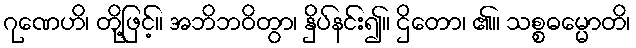
ဂုဏေဟိ၊ တို့ဖြင့်။ အဘိဘဝိတွာ၊ နှိပ်နင်း၍။ ဌိတော၊ ၏။ သစ္စဓမ္မောတိ၊